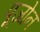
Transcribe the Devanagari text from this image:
पूजोन